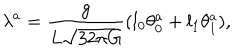
\lambda ^ { a } = \frac { g } { L \sqrt { 3 2 \pi G } } ( l _ { 0 } \theta _ { 0 } ^ { a } + l _ { 1 } \theta _ { 1 } ^ { a } ) ,